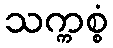
သက္ကစ္စံ